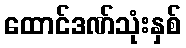
ထောင်ဒဏ်သုံးနှစ်